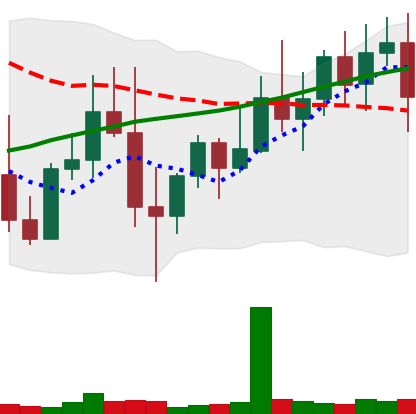
Ticker: XMR-USD
Chart end date: 2022-11-02
Forward return: 5.7%
Label: up_5_7